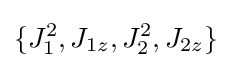
\{J_{1}^{2},J_{1z},J_{2}^{2},J_{2z}\}